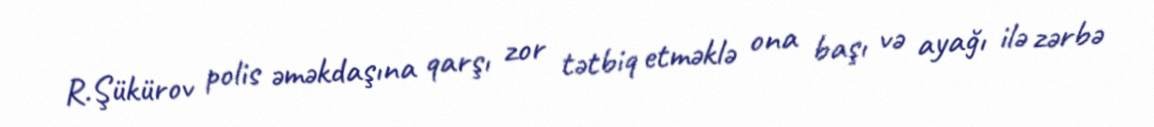
R.Şükürov polis əməkdaşına qarşı zor tətbiq etməklə ona başı və ayağı ilə zərbə